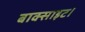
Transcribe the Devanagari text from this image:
बाक्साइट।